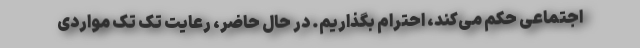
اجتماعی حکم می‌کند، احترام بگذاریم. در حال حاضر، رعایت تک تک مواردی